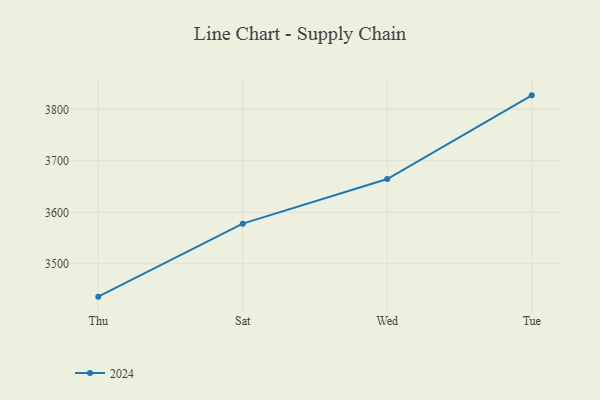
{"axis": {"x": "Day", "y": "Net Income (USD K)"}, "legend": ["2024"], "data": [{"x": "Thu", "y": 3436.4, "type": "2024"}, {"x": "Sat", "y": 3578.1, "type": "2024"}, {"x": "Wed", "y": 3664.6, "type": "2024"}, {"x": "Tue", "y": 3827.1, "type": "2024"}]}